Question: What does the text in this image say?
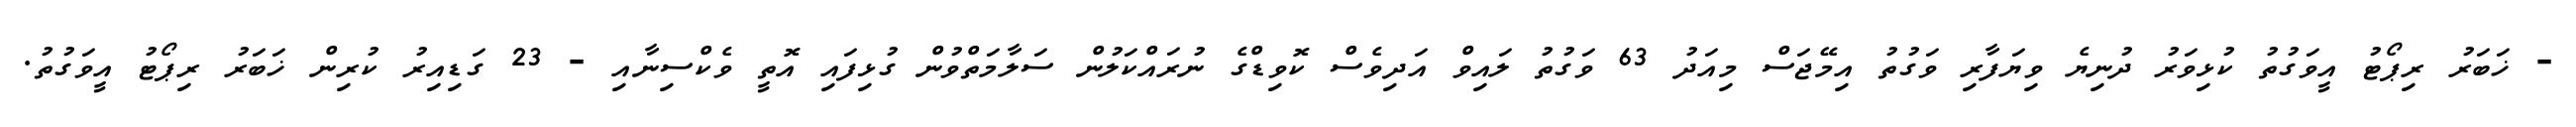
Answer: - ޚަބަރު ރިޕޯޓު އީވަގުތު ކުޅިވަރު ދުނިޔެ ވިޔަފާރި ވަގުތު އިމޭޖަސް މިއަދު 63 ވަގުތު ލައިވް އަދިވެސް ކޮވިޑްގެ ނުރައްކަލުން ސަލާމަތްވުން ގުޅިފައި އޮތީ ވެކްސިނާއި - 23 ގަޑިއިރު ކުރިން ޚަބަރު ރިޕޯޓު އީވަގުތު.